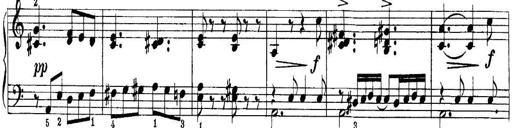
Title: Quatres sonatines
Composer: Tadeusz Joteyko